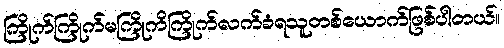
ကြိုက်ကြိုက်မကြိုကိကြိုက်လက်ခံရသူတစ်ယောက်ဖြစ်ပါတယ်။